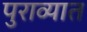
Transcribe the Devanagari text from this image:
पुराव्यात